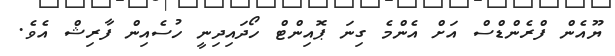
ޔޫއެން ފްރެންޑްސް އަށް އެންމެ ގިނަ ޕޮއިންޓް ހޯދައިދިނީ ހުސެއިން ފާރިޝް އެވެ.